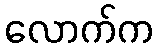
လောက်က